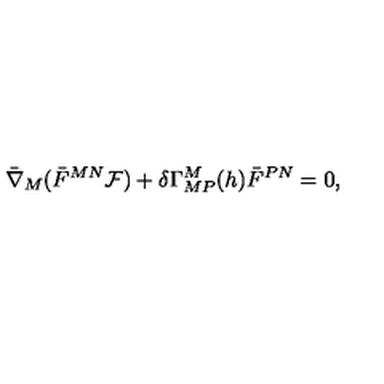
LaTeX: \bar { \nabla } _ { M } ( \bar { F } ^ { M N } { \cal F } ) + \delta \Gamma _ { M P } ^ { M } ( h ) \bar { F } ^ { P N } = 0 ,